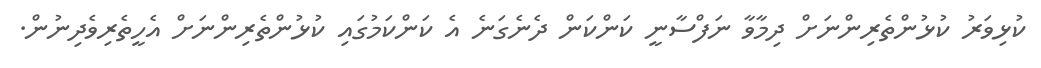
ކުޅިވަރު ކުޅުންތެރިންނަށް ދިމާވާ ނަފްސާނީ ކަންކަން ދެނެގަނެ އެ ކަންކަމުގައި ކުޅުންތެރިންނަށް އެހީތެރިވެދިނުން.